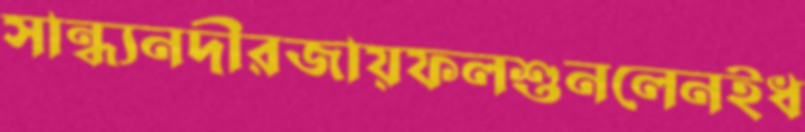
সান্ধ্যনদীরজায়ফলশুনলেনইধ